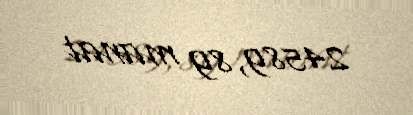
24589,89 manat